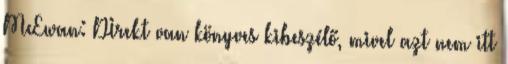
McEwan: DIrekt van könyves kibeszélő, mivel azt nem itt